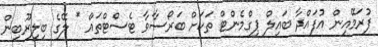
ފުރަމޭއިން އުފައްދާ ބައިލް ޕިގްމެންޓް ތަކަށް ބަރޯސާވާ ޓެސްޓްތައް * ލޭގެ ބިލިރޫބިން